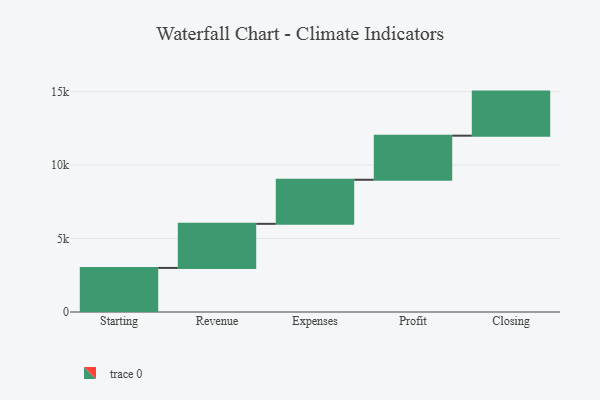
{"axis": {"x": "Step", "y": "Value"}, "legend": [""], "data": [{"x": "Starting", "y": 3000, "type": ""}, {"x": "Revenue", "y": 3000, "type": ""}, {"x": "Expenses", "y": 3000, "type": ""}, {"x": "Profit", "y": 3000, "type": ""}, {"x": "Closing", "y": 3000, "type": ""}]}